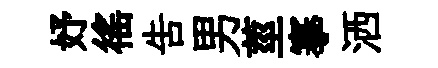
妤徭吿男莖搴洒